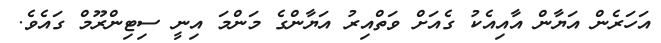
އަހަރެން އަޔާން އާއިއެކު ގެއަށް ވަތްއިރު އަޔާންގެ މަންމަ އިނީ ސިޓިންރޫމް ގައެވެ.